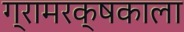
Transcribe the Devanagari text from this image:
ग्रामरक्षकाला